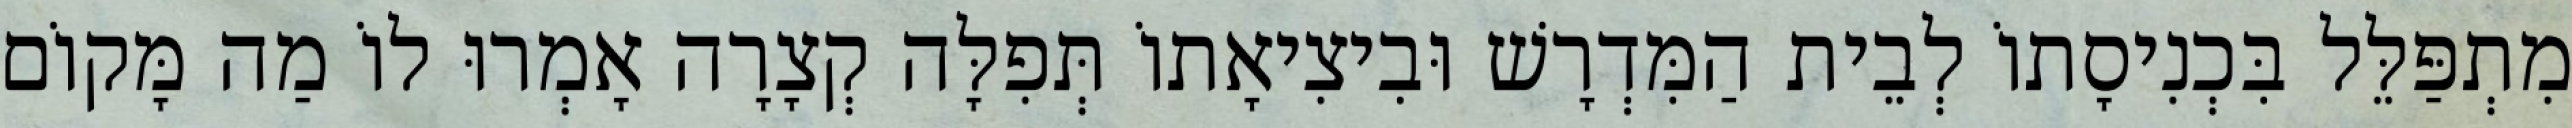
מִתְפַּלֵּל בִּכְנִיסָתוֹ לְבֵית הַמִּדְרָשׁ וּבִיצִיאָתוֹ תְּפִלָּה קְצָרָה אָמְרוּ לוֹ מַה מָּקוֹם